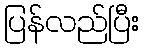
ပြန်လည်ပြီး